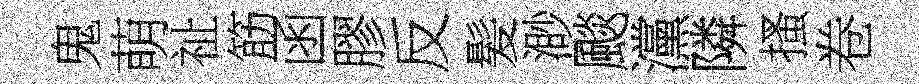
鬼萌祉筋函膠反髪渺颷灙隣搔卷